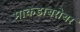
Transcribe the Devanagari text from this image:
माकडाबरोबर